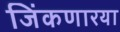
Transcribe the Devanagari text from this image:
जिंकणारया